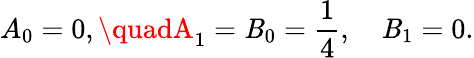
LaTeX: A_{0}=0,\quadA_{1}=\mathit{B}_{0}={\frac{{1}}{{4}}},\quad\mathit{B}_{1}=0.